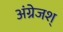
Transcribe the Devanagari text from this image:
अंग्रेजश्